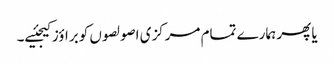
یا پھر ہمارے تمام مرکزی اصولصوں کو براؤز کیجئیے۔